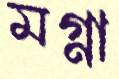
মগ্না